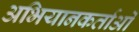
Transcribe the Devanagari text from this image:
अभियानकर्ताओं